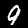
Label: 9